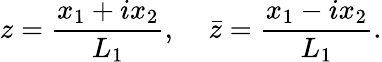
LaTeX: z=\frac{x_{1}+ix_{2}}{L_{1}},\; \; \; \; \bar{z}=\frac{x_{1}-ix_{2}}{L_{1}}.